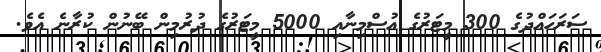
ސަރަހައްދުގެ 300 މީޓަރުގެ އުސްމިނާއި 5000 މީޓަރުގެ ދުރުމިން ބޭނުން ކުރާނެ އެވެ.